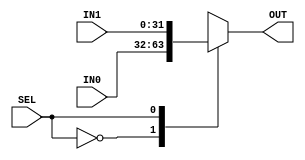
`timescale 1ns / 1ps
//////////////////////////////////////////////////////////////////////////////////
// Company: Tecnolgico de Costa Rica
// 
// Module Name: Mux2a1_32bit
// Project Name: Proyecto_RISCV
// Description: Multiplexor 2 a 1 de 32 bits
// 
// Revision:
// Revision 0.01 - File Created
//
//////////////////////////////////////////////////////////////////////////////////


module Mux2a1_32bit(
    input [31:0] IN0,
    input [31:0] IN1,
    input SEL,
    output reg [31:0] OUT
    );
    
    always @(SEL,IN0,IN1)
        case (SEL)
            1'b0: OUT <= IN0;
            1'b1: OUT <= IN1;
        endcase    
    
endmodule